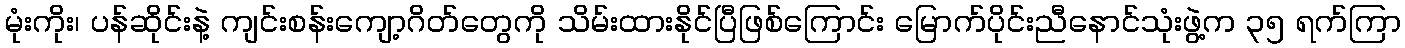
မုံးကိုး၊ ပန်ဆိုင်းနဲ့ ကျင်းစန်းကျော့ဂိတ်တွေကို သိမ်းထားနိုင်ပြီဖြစ်ကြောင်း မြောက်ပိုင်းညီနောင်သုံးဖွဲ့က ၃၅ ရက်ကြာ